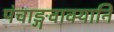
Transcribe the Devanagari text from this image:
पंचाङ्गवाक्यानि